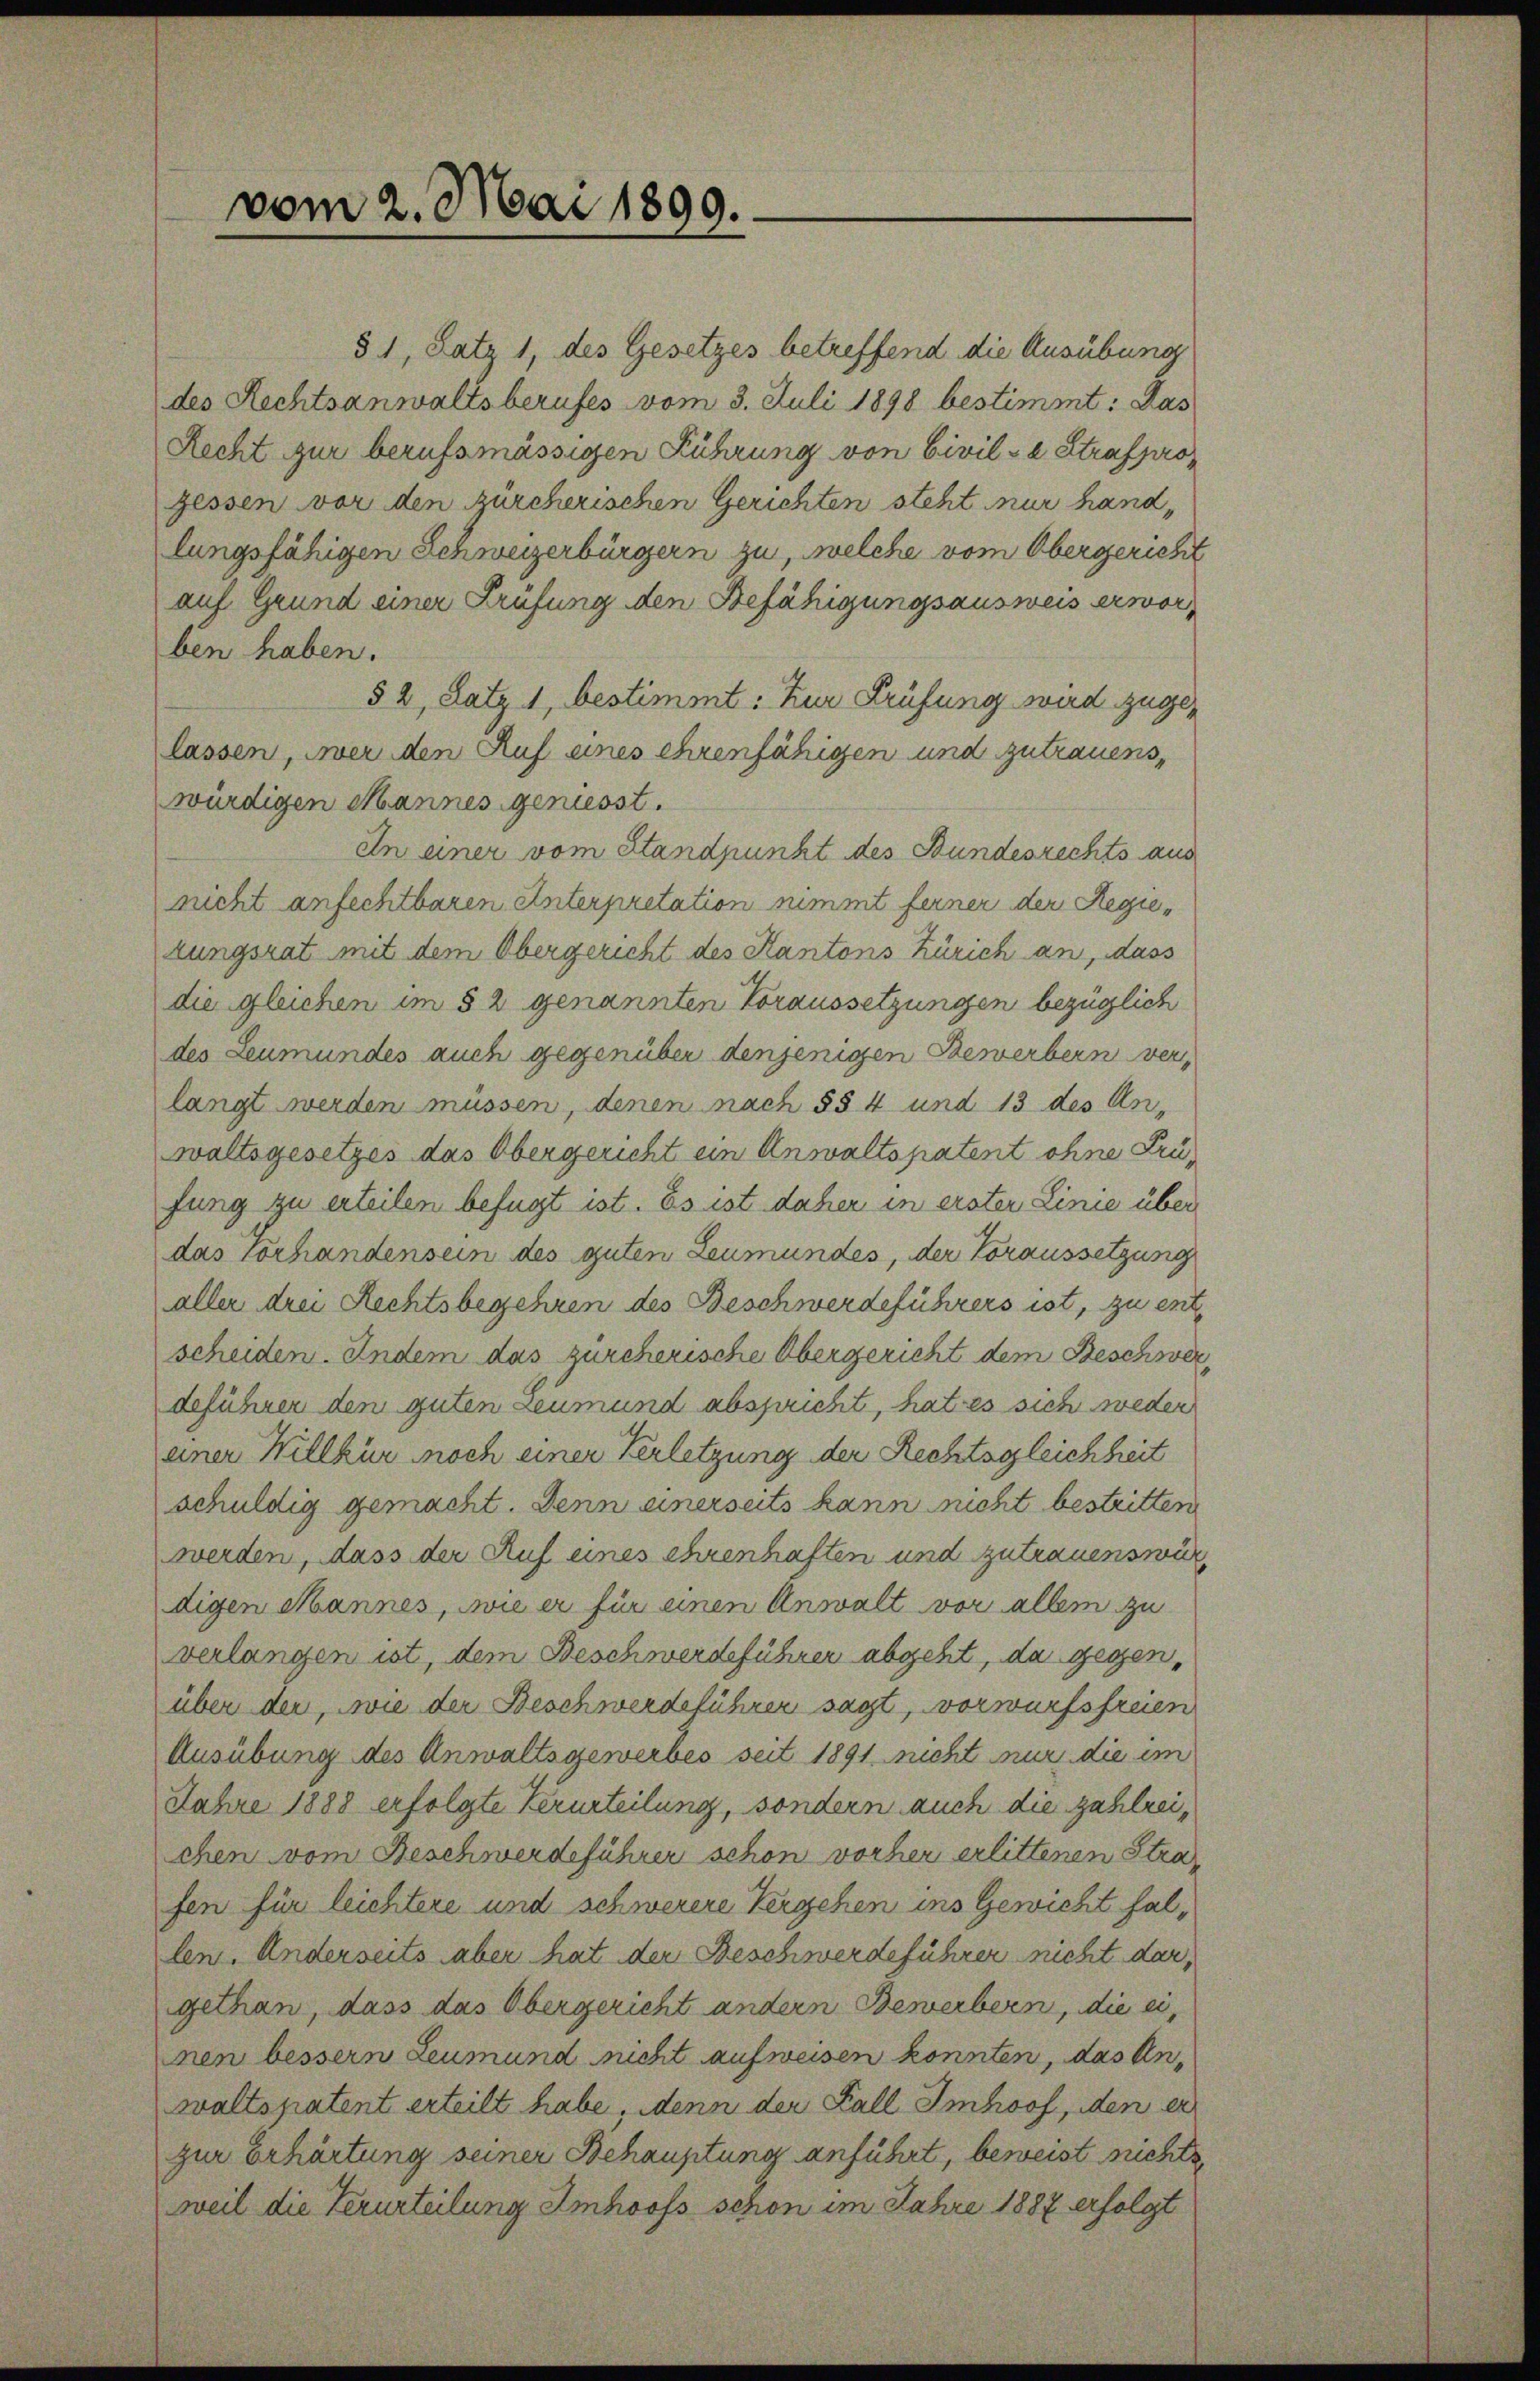
vom 2. Mai 1899.

§ 1, Satz 1, des Gesetzes betreffend die Ausübung
des Rechtsanwaltsberufes vom 3. Juli 1898 bestimmt: Das
Recht zur berufsmässigen Führung von Civil- u Strafpro
gessen vor den zürcherischen Gerichten steht nur handlungsfähigen Schweizerbürgern zu, welche vom Obergericht
auf Grund einer Prüfung den Befähigungsausweis erworben haben.
§ 2, Satz 1, bestimmt: Zur Prüfung wird zugelassen, wer den Ruf eines ehrenfähigen und zutrauens,
würdigen Mannes geniesst.
In einer vom Standpunkt des Bundesrechts aus
nicht anfechtbaren Unterpretation nimmt ferner der Regiezungsrat mit dem Obergericht des Kantons Zürich an, dass
die gleichen im § 2 genannten Voraussetzungen bezüglich
des Leumundes auch gegenüber denjenigen Bewerbern verlangt werden müssen, denen nach §§ 4 und 13 des Anwaltsgesetzes das Obergericht ein Anwaltspatent ohne Prüfung zu erteilen befugt ist. Es ist daher in erster Linie über
das vorhandensein des guten Leumundes, der Voraussetzung
aller drei Rechtsbegehren des Beschwerdeführers ist, zu ent
scheiden. Indem das zürcherische Obergericht dem Beschwer
deführer den guten Leumund abspricht, hat es sich weder
einer Willkür noch einer Verletzung der Rechtsgleichheit
schuldig gemacht. Denn einerseits kann nicht bestritten
werden, dass der Auf eines ehrenhaften und zutrauenswür
digen Mannes, wie er für einen Anwalt vor allem zu
verlangen ist, dem Beschwerdeführer abgeht, da gegenüber der, wie der Beschwerdeführer sagt, vorwurfsfreien
Ausübung des Anwaltsgewerbes seit 1891 nicht nur die im
Jahre 1888 erfolgte Verurteilung, sondern auch die zahlreichen vom Beschwerdeführer schon vorher erlittenen Strafen für leichtere und schwerere Vergehen ins Gewicht fallen. Anderseits aber hat der Beschwerdeführer nicht dar,
gethan, dass das Obergericht andern Bewerbern, die ei
nen bessern Leumund nicht aufweisen könnten, das Anwaltspatent erteilt habe, denn der Fall Imhof, den er
zur Erhärtung seiner Behauptung anführt, beweist nichts
weil die Verurteilung Imhofs schon im Jahre 1887 erfolgt